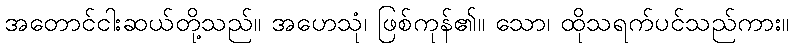
အတောင်ငါးဆယ်တို့သည်။ အဟေသုံ၊ ဖြစ်ကုန်၏။ သော၊ ထိုသရက်ပင်သည်ကား။